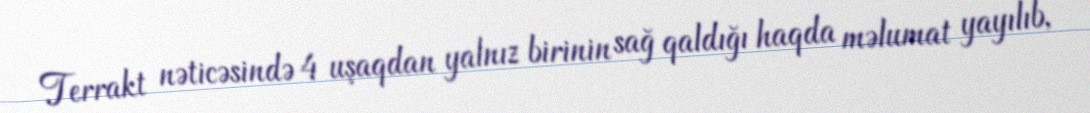
Terrakt nəticəsində 4 uşaqdan yalnız birinin sağ qaldığı haqda məlumat yayılıb,